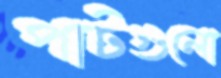
পাটগুলো